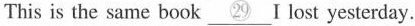
This is the same book\underline{㉙}I lost yesterday.